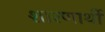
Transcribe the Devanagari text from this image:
शारणार्थी